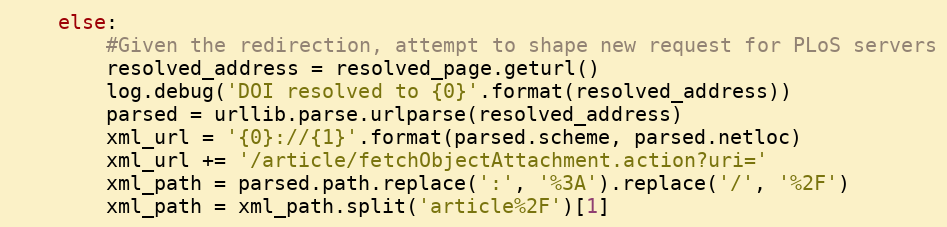
Language: Python
    else:
        #Given the redirection, attempt to shape new request for PLoS servers
        resolved_address = resolved_page.geturl()
        log.debug('DOI resolved to {0}'.format(resolved_address))
        parsed = urllib.parse.urlparse(resolved_address)
        xml_url = '{0}://{1}'.format(parsed.scheme, parsed.netloc)
        xml_url += '/article/fetchObjectAttachment.action?uri='
        xml_path = parsed.path.replace(':', '%3A').replace('/', '%2F')
        xml_path = xml_path.split('article%2F')[1]